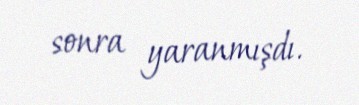
sonra yaranmışdı.